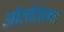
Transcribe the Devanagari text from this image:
ओतोतेमन